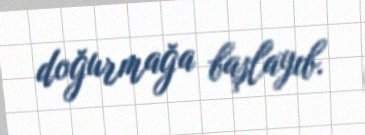
doğurmağa başlayıb.